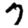
Digit: 7